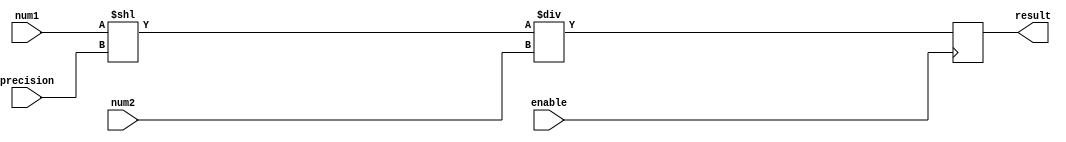
module fixed_point_divider (
    input signed [15:0] num1,
    input signed [15:0] num2,
    input [3:0] precision,
    input enable,
    output reg signed [31:0] result
);

always @(posedge enable) begin
    result <= (num1 << precision) / num2;
end

endmodule